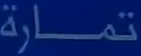
تمارة